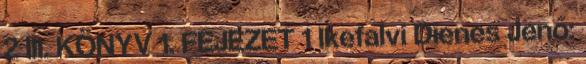
2 III. KÖNYV 1. FEJEZET 1 Ikefalvi Dienes Jenő: